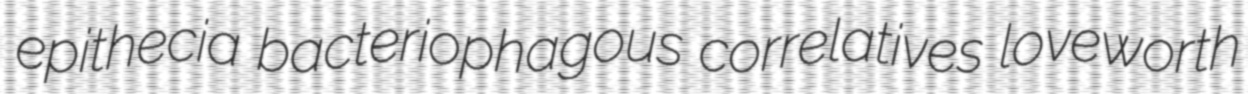
epithecia bacteriophagous correlatives loveworth